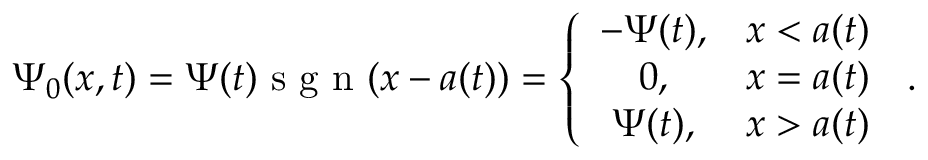
\Psi _ { 0 } ( x , t ) = \Psi ( t ) \mathrm { ~ s ~ g ~ n ~ } ( x - a ( t ) ) = \left\{ \begin{array} { c l } { - \Psi ( t ) , } & { x < a ( t ) } \\ { 0 , } & { x = a ( t ) } \\ { \Psi ( t ) , } & { x > a ( t ) } \end{array} \right. \, .